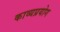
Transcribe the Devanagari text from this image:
काव्यप्रयोग